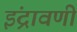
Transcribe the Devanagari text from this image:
इंद्रावणी